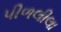
પીળલીલા